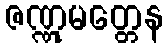
ဇဏ္ဏုမတ္တေန